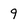
Character: 9